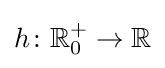
h\colon \mathbb {R} _{0}^{+}\rightarrow \mathbb {R}